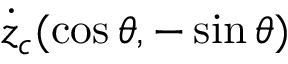
\dot { z } _ { c } ( \cos \theta , - \sin \theta )